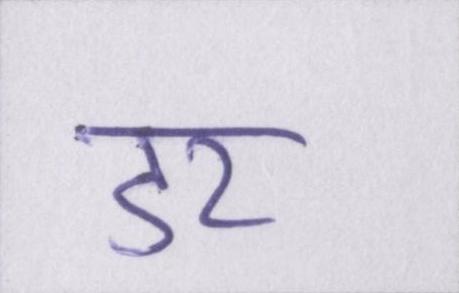
डर